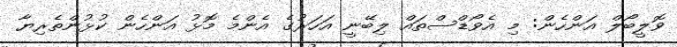
ވޮލީބޯލް އަންހެން: މި އެވޯޑްސްތައް ލިބޭނީ އަހަރުގެ އެންމެ މޮޅު އަންހެން ކުޅުންތެރިޔާ